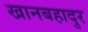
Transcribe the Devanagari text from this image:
खानबहादुर